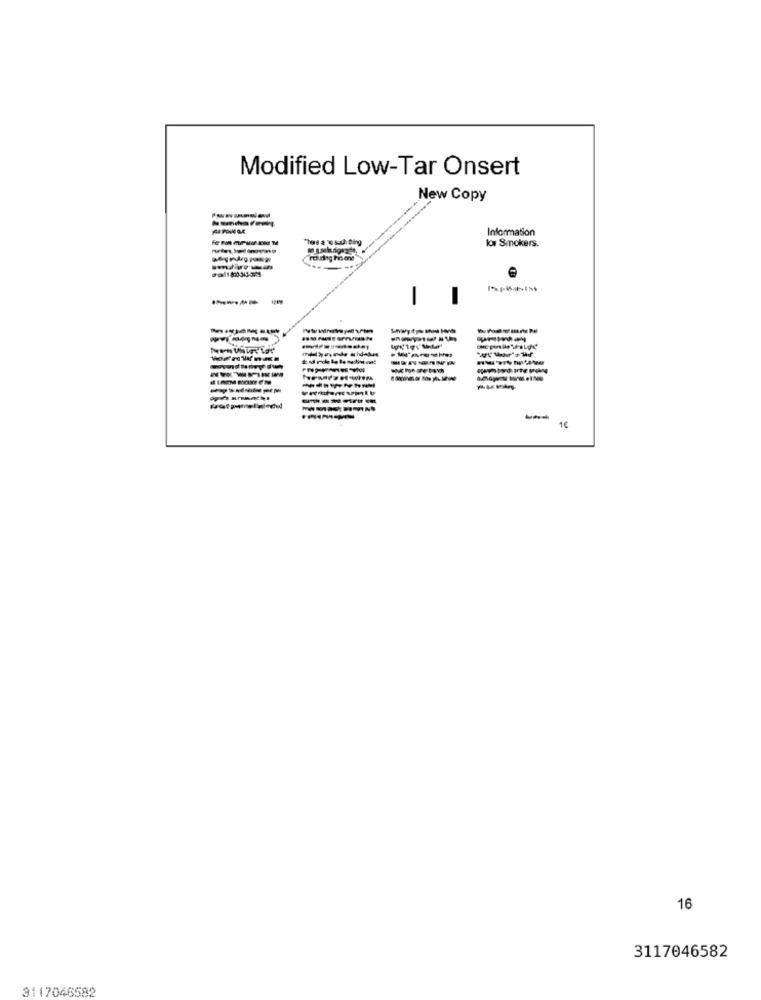
Modified Low-Tar Onsert
New Copy
Information
low Smokers.
-
-
------
1€
16
3117046582
3117046582